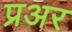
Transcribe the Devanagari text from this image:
प्रअर